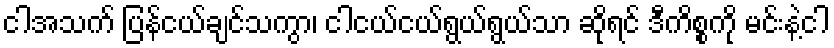
ငါအသက် ပြန်ငယ်ချင်သကွာ၊ ငါငယ်ငယ်ရွယ်ရွယ်သာ ဆိုရင် ဒီကိစ္စကို မင်းနဲ့ငါ